Bombay plague: being a history of the progress of plague in the Bombay presidency from September 1896 to June 1899
Year: 1896
Disease focus: Plague
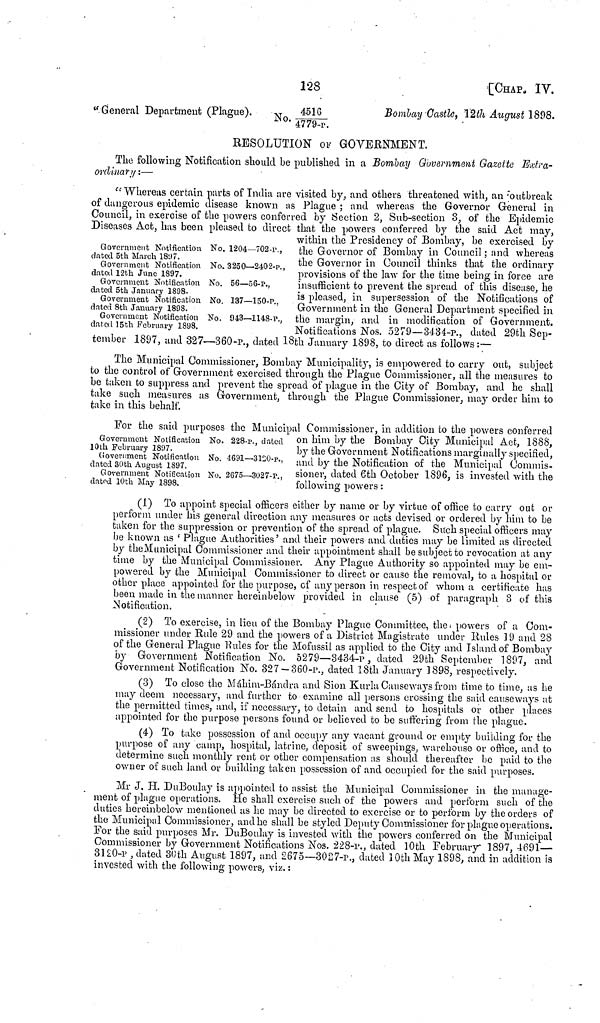
128
[CHAP. IV.
"General Department (Plague).
No.
4516/4779-p
Bombay Castle, 12th August 1898.
RESOLUTION OF GOVERNMENT.
The following Notification should be published in a Bombay Government Gazette Extra-
ordinary :—
Government Notification No. 1204—702-p.,
dated 5th March 1897.
Government Notification No. 3250—2402-p.,
dated 12th June 1897.
Government Notification No. 56—56-P.,
dated 5th January 1898.
Government Notification No. 137—150-P.,
dated 8th January 1898.
Government Notification No. 943—1148-P.,
dated
15th
February
1898.
"Whereas certain parts of India are visited by, and others threatened with, an outbreak
of dangerous epidemic disease known as Plague ; and whereas the Governor General in
Council, in exercise of the powers conferred by Section 2, Sub-section 3, of the Epidemic
Diseases Act, has been pleased to direct that the powers conferred by the said Act may,
within the Presidency of Bombay, be exercised by
the Governor of Bombay in Council ; and whereas
the Governor in Council thinks that the ordinary
provisions of the law for the time being in force are
insufficient to prevent the spread of this disease, he
is pleased, in supersession of the Notifications of
Government in the General Department specified in
the margin, and in modification of Government.
Notifications Nos. 5279—3434-p., dated 29th Sep-
tember 1897, and 327—360-P., dated 18th January 1898, to direct as follows:—
The Municipal Commissioner, Bombay Municipality, is empowered to carry out, subject
to the control of Government exercised through the Plague Commissioner, all the measures to
be taken to suppress and prevent the spread of plague in the City of Bombay, and he shall
take such measures as Government, through the Plague Commissioner, may order him to
take in this behalf.
Government Notification No. 228-P., dated
10th February 1897.
Government Notification No. 4691—3120-P.,
dated 30th August 1897.
Government Notification No. 2675—3027-P.,
dated 10th May 1898.
For the said purposes the Municipal Commissioner, in addition to the powers conferred
on him by the Bombay City Municipal Act, 1888,
by the Government Notifications marginally specified,
and by the Notification of the Municipal Commis-
sioner, dated 6th October 1896, is invested with the
following powers :
(1) To appoint special officers either by name or by virtue of office to carry out or
perform under his general direction any measures or acts devised or ordered by him to be
taken for the suppression or prevention of the spread of plague. Such special officers may
be known as ' Plague Authorities ' and their powers and duties may be limited as directed
by the Municipal Commissioner and their appointment shall be subject to revocation at any
time by the Municipal Commissioner. Any Plague Authority so appointed may be em-
powered by the Municipal Commissioner to direct or cause the removal, to a hospital or
other place appointed for the purpose, of any person in respect of whom a certificate has
been made in the manner hereinbelow provided in clause (5) of paragraph 3 of this
Notification.
(2) To exercise, in lieu of the Bombay Plague Committee, the powers of a Com-
missioner under Rule 29 and the powers of a District Magistrate under Rules 19 and 28
of the General Plague Rules for the Mofussil as applied to the City and Island of Bombay
by Government Notification No. 5279—3434-p, dated 29th September 1897, and
Government Notification No. 327 —360-p., dated 18th January 1898, respectively.
(3) To close the Máhim-Bándra and Sion Kurla Causeways from time to time, as he
may deem necessary, and further to examine all persons crossing the said causeways at
the permitted times, and, if necessary, to detain and send to hospitals or other places
appointed for the purpose persons found or believed to be suffering from the plague.
(4) To take possession of and occupy any vacant ground or empty building for the
purpose of any camp, hospital, latrine, deposit of sweepings, warehouse or office, and to
determine such monthly rent or other compensation as should thereafter be paid to the
owner of such land or building taken possession of and occupied for the said purposes.
Mr J. H. DuBoulay is appointed to assist the Municipal Commissioner in the manage-
ment of plague operations. He shall exercise such of the powers and perform such of the
duties hereinbelow mentioned as he may be directed to exercise or to perform by the orders of
the Municipal Commissioner, and he shall be styled Deputy Commissioner for plague operations.
For the said purposes Mr. DuBoulay is invested with the powers conferred on the Municipal
Commissioner by Government Notifications Nos. 228-p., dated 10th February 1897, 4691—
3120-p , dated 30th August 1897, and 2675—3027-p., dated 10th May 1898, and in addition is
invested with the following powers, viz. :